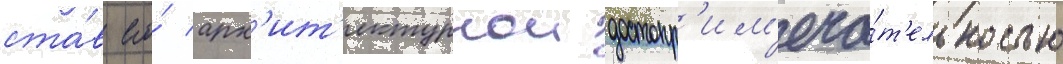
ста́в его́ арх'ит'ектурнои достопр'им'еча́т'ельностью